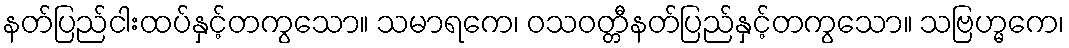
နတ်ပြည်ငါးထပ်နှင့်တကွသော။ သမာရကေ၊ ဝသဝတ္တီနတ်ပြည်နှင့်တကွသော။ သဗြဟ္မကေ၊